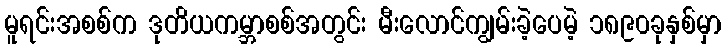
မူရင်းအစစ်က ဒုတိယကမ္ဘာစစ်အတွင်း မီးလောင်ကျွမ်းခဲ့ပေမဲ့ ၁၈၉၀ခုနှစ်မှာ